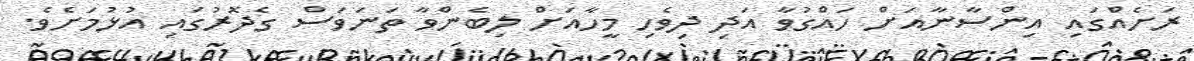
ރަށެއްގައި އިންސާނާއަށް ހައްގުވާ އަދި ދިވެހި މީހާއަށް ލިބެންވާ ތަނަވަސް ގެދޮރުގައި އުޅުމަށެވެ.